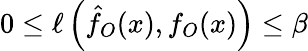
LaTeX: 0\le\ell\left(\hat{f}_{O}(x),f_{O}(x)\right)\le\beta